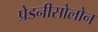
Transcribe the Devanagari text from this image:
प्रेडनीसोलोन